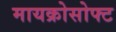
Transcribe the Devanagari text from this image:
मायक्रोसोफ्ट